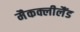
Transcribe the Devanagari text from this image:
मैकक्लीलैंड